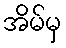
အိမ်မှ